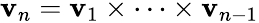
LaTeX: \mathbf{v}_{n}=\mathbf{v}_{1}\times\cdots\times\mathbf{v}_{n-1}